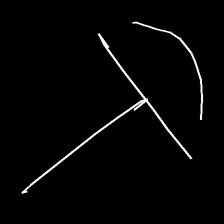
Glyph: dispersion